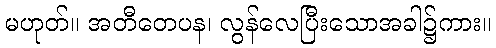
မဟုတ်။ အတီတေပန၊ လွန်လေပြီးသောအခါ၌ကား။